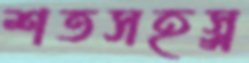
শতসহস্র্র